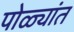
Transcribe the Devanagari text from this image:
पोळ्यांत